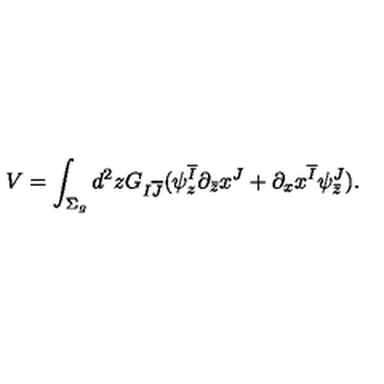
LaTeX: V = \int _ { \Sigma _ { g } } d ^ { 2 } z G _ { I { \overline { J } } } ( \psi _ { z } ^ { \overline { I } } \partial _ { \bar { z } } x ^ { J } + \partial _ { x } x ^ { \overline { I } } \psi _ { \bar { z } } ^ { J } ) .